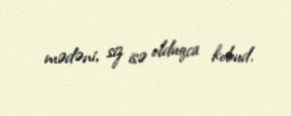
mədəni, siz isə olduqca kobud.